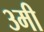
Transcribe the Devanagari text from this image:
३मी